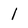
Character: 1